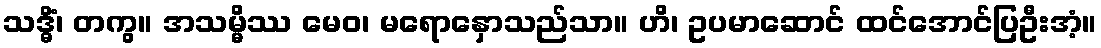
သဒ္ဓိံ၊ တကွ။ အသမ္မိဿ မေဝ၊ မရောနှောသည်သာ။ ဟိ၊ ဥပမာဆောင် ထင်အောင်ပြဦးအံ့။